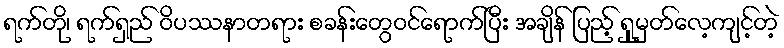
ရက်တို၊ ရက်ရှည် ဝိပဿနာတရား စခန်းတွေဝင်ရောက်ပြီး အချိန် ပြည့် ရှုမှတ်လေ့ကျင့်တဲ့